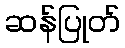
ဆန်ပြုတ်